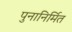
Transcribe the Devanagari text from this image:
पुनानिर्मित